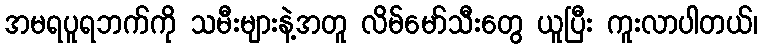
အမရပူရဘက်ကို သမီးများနဲ့အတူ လိမ်မော်သီးတွေ ယူပြီး ကူးလာပါတယ်၊